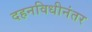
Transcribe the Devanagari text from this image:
दहनविधीनंतर